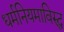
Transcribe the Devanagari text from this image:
धर्मनियमाविरुद्ध